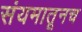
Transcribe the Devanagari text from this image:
संयमातूनच